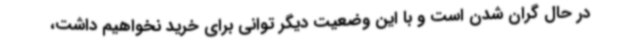
در حال گران شدن است و با این وضعیت دیگر توانی برای خرید نخواهیم داشت،